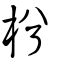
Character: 枍